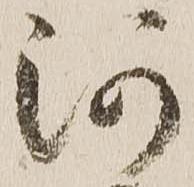
河